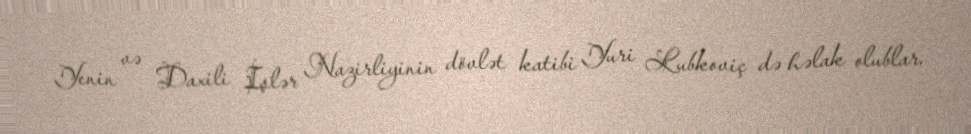
Yenin və Daxili İşlər Nazirliyinin dövlət katibi Yuri Lubkoviç də həlak olublar.